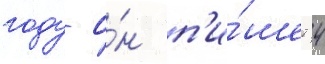
году о́н п'и́шет 4